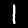
Digit: 1